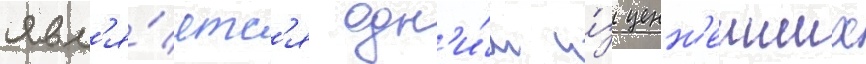
явл'я́етс'я одн'и́м и́з ценн'еиших